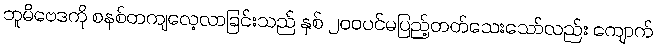
ဘူမိဗေဒကို စနစ်တကျလေ့လာခြင်းသည် နှစ် ၂၀၀ပင်မပြည့်တတ်သေးသော်လည်း ကျောက်